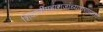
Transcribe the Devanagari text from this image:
शिवाजीमहाराजांच्याघराण्याशी